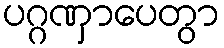
ပဂ္ဂဏှာပေတွာ